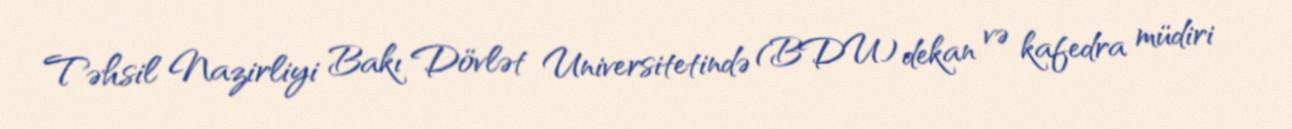
Təhsil Nazirliyi Bakı Dövlət Universitetində (BDU) dekan və kafedra müdiri